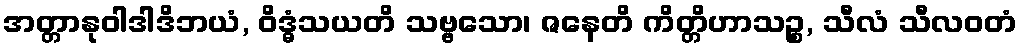
အတ္တာနုဝါဒါဒိဘယံ, ဝိဒ္ဓံသယတိ သဗ္ဗသော၊ ဇနေတိ ကိတ္တိဟာသဉ္စ, သီလံ သီလဝတံ